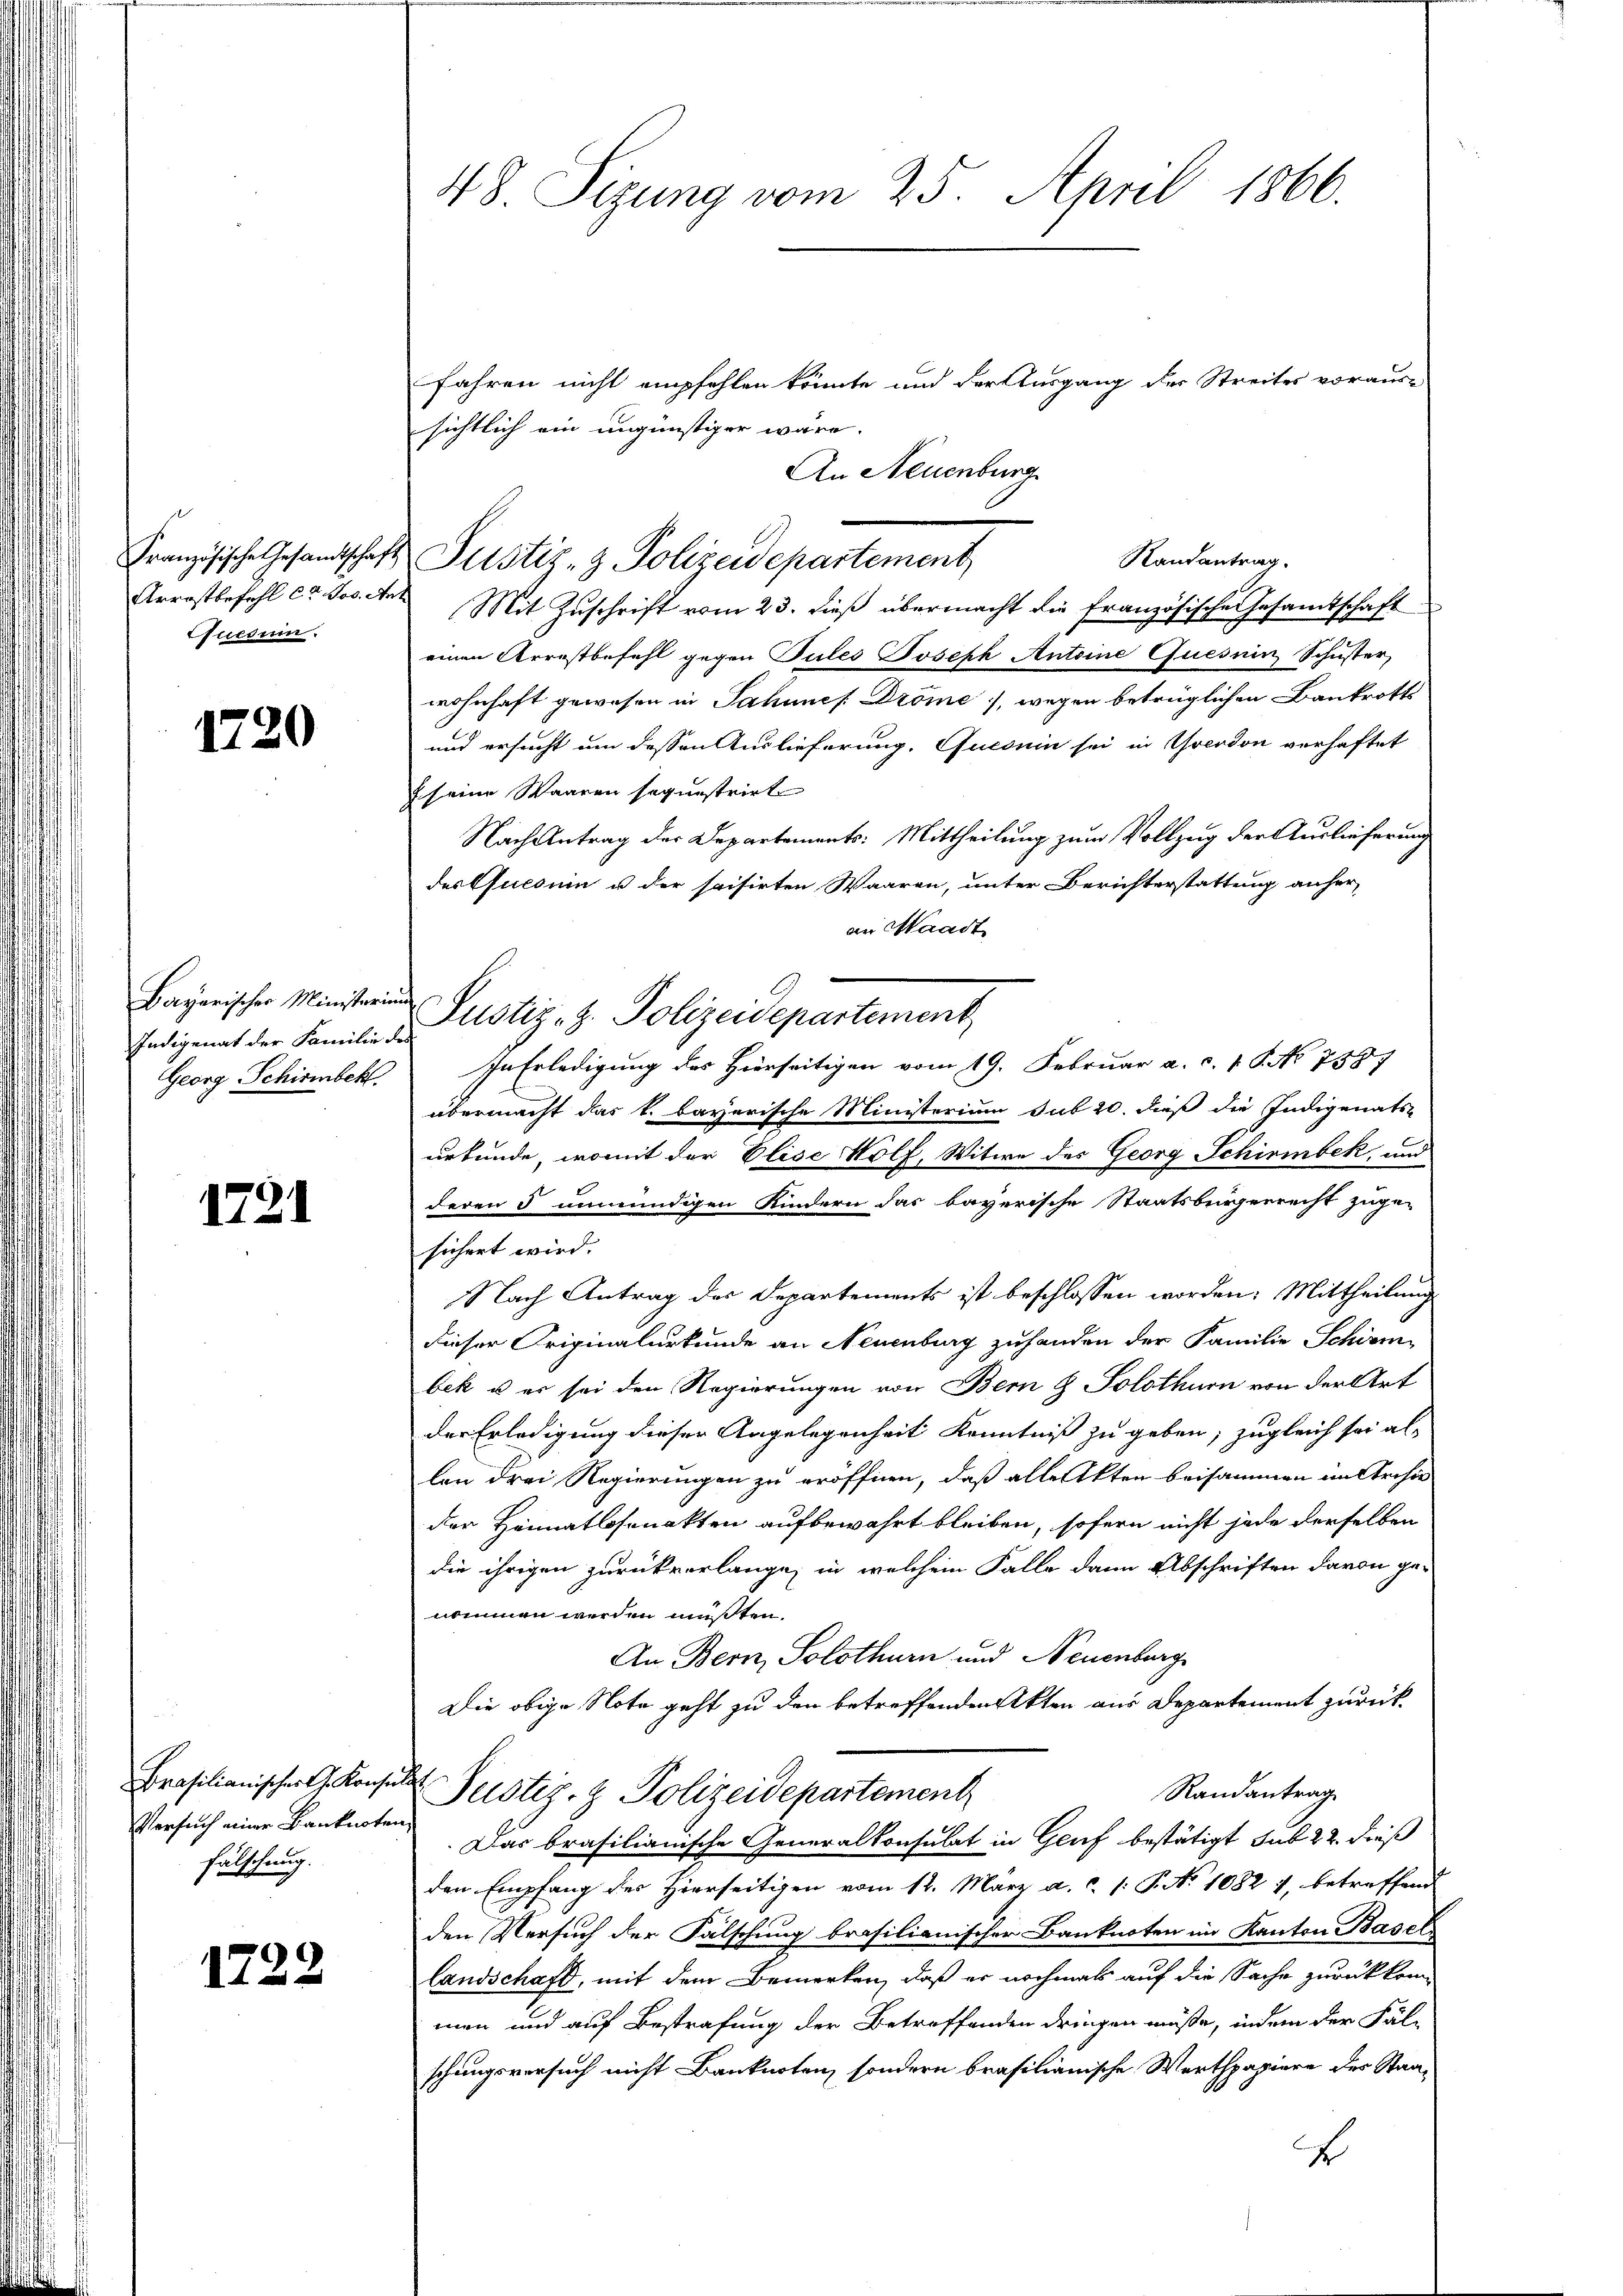
Quesum.

1720

Bayarischer Ministerium
Indigenat der Familie des

1731

Versuch einer Banknoten,
fälschung.

1722

48. Sizung vom 25. April 1866.

Jahren nicht empfehlen könnte und der Ausgang der Streites voraus-
sichtlich ein ungünstiger wäre.
An Neuenburg
Randantrag.
Arrostbefehl et Jos. An Mit Zuschrift vom 23. dieß übermacht die französische Gesamtschaft
einen Arrestbefehl gegen Pules Joseph Antoine Quesnin Schuster,
wohnhaft gewesen in Jahnnes Dröme, wegen betrüglichen Bankrotts
und ersucht um dessen Auslieferung, Fucouin sei in Grenton verhaftet
s eine Waaren sequestrirte
Nach Antrag der Departements: Mittheilung zum Vollzug der Auslieferung
des Quconin u der saisirten Waaren, unter Berichterstattung anher
an Waadt
Justiz- z. Polizeidepartement
Georg Schirmbeck. In Erledigung des Hierseitigen vom 19. Februar a. c. 1 S. No 7587
übermacht das k. bayerische Ministerium sub 20. dieß die Indigenats-
urkunde, womit der Elise Wolf, Witwe des Georg Schirmbek, und
deren 5 unmündigen Kindern das bayerische Staatsbürgerrecht zuge-
sichert wird.
Nach Antrag des Departements ist beschlossen worden: Mittheilung
dieser Originalurkunde an Neuenburg zuhanden der Familie Schirm
bek u. er sei den Regierungen von Bern & Solothurn von der Art
der Erledigung dieser Angelegenheit Kenntniß zu geben, zugleich sei als
len drei Regierungen zu eröffnen, daß alle Akten beisammen im Archiv
der Heimatssenakten aufbewahrt bleiben, sofern nicht jede derselben
die ihrigen zurückverlange, in welchem Falle dann Abschriften davon genommen werden müßten.
An Bern, Solothurn und Neuenburg
Die obige Note geht zu den betreffenden Akten aus Departement zurück
Brasilianischer G. Konsuls Postiz- & Polizeidepartement
Randantrag
Das brasilianische Generalkonsulat in Gruf bestätigt sub 22. dieß
den Empfang der Hierseitigen vom 12. März a. (: P. No 1082 7, betreffend
den Versuch der Fälschung brasilianischer Banknoten im Kanton Basellandschaft, mit dem Bemerken, daß er nochmals auf die Sache zurückkom-
men und auf Bestrafung der Betreffenden dringen müße, indem der Fälschungsversuch nicht Banknoten, sondern brasilianische Werthpapiere des Staa¬
E

Französische Gesandtschaft Pustiz- & Polizeidepartement